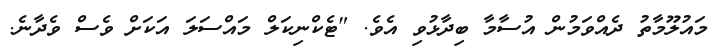
މައުލޫމާތު ދެއްވަމުން އުސާމާ ބިދާޅުވި އެވެ. "ޓެކްނިކަލް މައްސަލަ އަކަށް ވެސް ވެދާނެ.